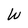
Character: W